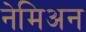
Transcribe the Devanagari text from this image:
नेमिअन